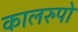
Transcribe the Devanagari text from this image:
कालरुपो